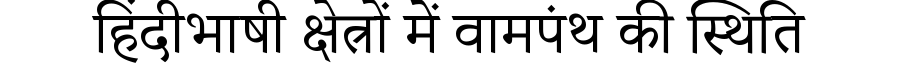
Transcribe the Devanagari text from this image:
हिंदीभाषी क्षेत्रों में वामपंथ की स्थिति